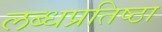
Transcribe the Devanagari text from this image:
लब्धप्रतिष्ठा